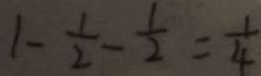
1 - \frac { 1 } { 2 } - \frac { 1 } { 2 } = \frac { 1 } { 4 }